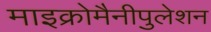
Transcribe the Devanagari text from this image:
माइक्रोमैनीपुलेशन